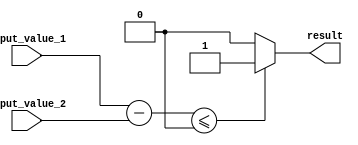
module less_than_or_equal_to_comparator (
    input [7:0] input_value_1,
    input [7:0] input_value_2,
    output reg result
);

// Subtract input_value_2 from input_value_1
reg [8:0] difference;
always @* begin
    difference = input_value_1 - input_value_2;
end

// Check if the result is less than or equal to 0
always @* begin
    if (difference <= 0) begin
        result = 1;
    end else begin
        result = 0;
    end
end

endmodule